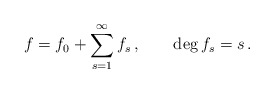
\begin{align*}f=f_0+\sum_{s=1}^\infty f_s\,,\qquad \deg{f_s}=s\,.\end{align*}